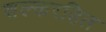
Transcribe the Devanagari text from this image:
शल्करहित